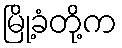
မြို့ခံတို့က